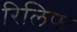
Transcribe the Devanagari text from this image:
रिलिफ